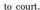
to court.